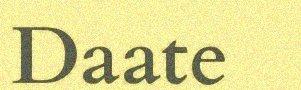
Daate